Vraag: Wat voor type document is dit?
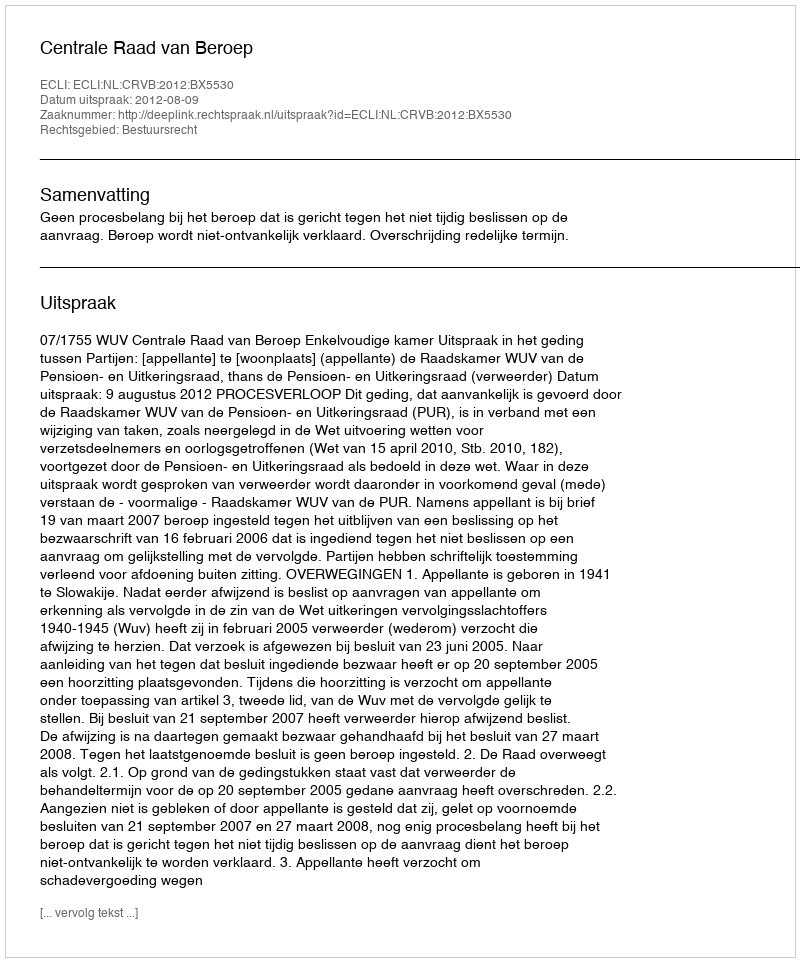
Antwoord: Uitspraak